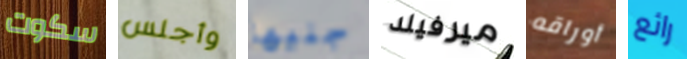
سكوت وأجلس جنيها ميرفيلد أوراقه رائع